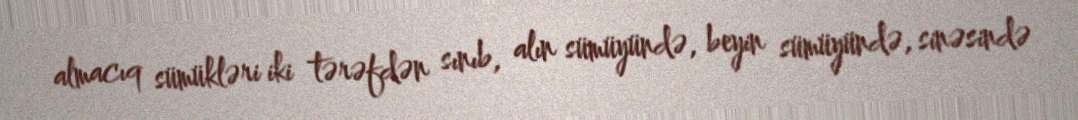
almacıq sümükləri iki tərəfdən sınıb, alın sümüyündə, beyin sümüyündə, sinəsində